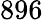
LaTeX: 896